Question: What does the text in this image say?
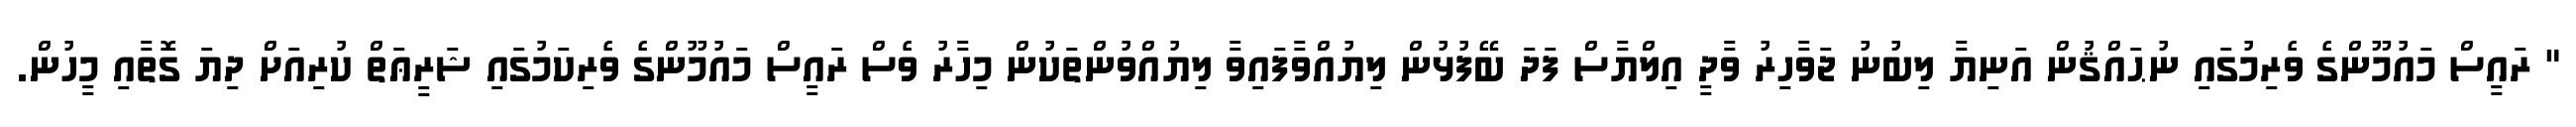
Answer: " ރައީސް މައުމޫންގެ ވެރިމުގައި ނުޙައްޤުން އަނިޔާ ލިބުނު ޖަވާހިރު ވާދީ އިލްޔާސް ފަދަ ބޭފުޅުން ލިޔުއްވާފައިވާ ލިޔުއްވުންތަކުން މިހާރު ވެސް ރައީސް މައުމޫންގެ ވެރިކަމުގައި ޝަރީޢަތް ކުރިއަށް ދިޔަ ގޮތާއި މީހުން.